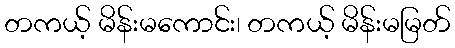
တကယ့် မိန်းမကောင်း၊ တကယ့် မိန်းမမြတ်